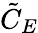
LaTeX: \tilde{C}_{E}